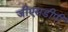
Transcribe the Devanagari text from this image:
जीएसडीपी